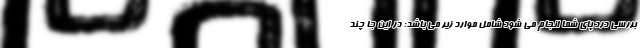
بررسی درد پای شما انجام می شود شامل موارد زیر می باشد: در این جا چند